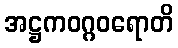
အဋ္ဌကဝဂ္ဂဝရောတိ